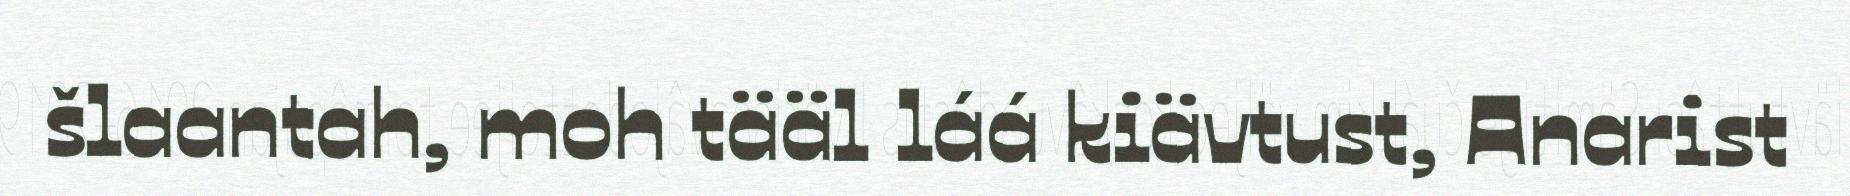
šlaantah, moh tääl láá kiävtust, Anarist